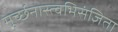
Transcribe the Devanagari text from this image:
मूर्च्छनास्त्वभिसंज्ञिता